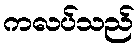
ကလပ်သည်